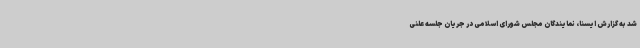
شد به گزارش ایسنا، نمایندگان مجلس شورای اسلامی در جریان جلسه علنی